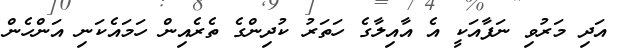
އަދި މަރުވި ނަފާއަކީ އެ އާއިލާގެ ހަތަރު ކުދިންގެ ތެރެއިން ހަމައެކަނި އަންހެން